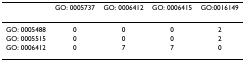
<table><thead><tr><td></td><td><b>GO: 0005737</b></td><td><b>GO: 0006412</b></td><td><b>GO: 0006415</b></td><td><b>GO:0016149</b></td></tr></thead><tbody><tr><td>GO: 0005488</td><td>0</td><td>0</td><td>0</td><td>2</td></tr><tr><td>GO: 0005515</td><td>0</td><td>0</td><td>0</td><td>2</td></tr><tr><td>GO: 0006412</td><td>0</td><td>7</td><td>7</td><td>0</td></tr></tbody></table>